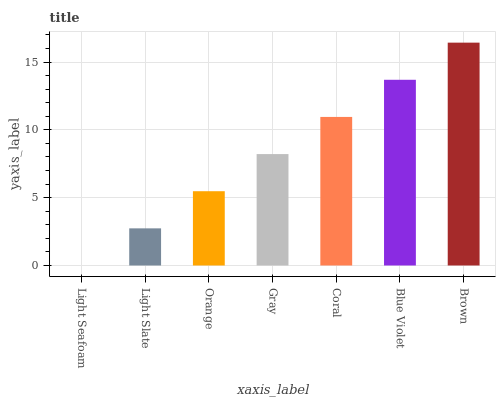
| xaxis_label | bars |
 | --- | --- |
 | Light Seafoam | 0 |
 | Light Slate | 2.74 |
 | Orange | 5.48 |
 | Gray | 8.22 |
 | Coral | 11 |
 | Blue Violet | 13.7 |
 | Brown | 16.4 |